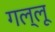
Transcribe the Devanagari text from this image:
गल्लू